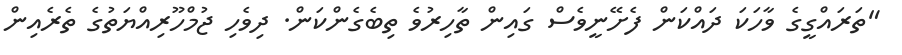
"ތަރައްގީގެ ވާހަކަ ދައްކަން ފެށޭނީވެސް ގައިން ތާހިރުވެ ތިބެގެންކަން. ދިވެހި ޖުމްހޫރިއްޔަތުގެ ތެރެއިން